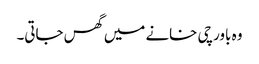
وہ باورچی خانے میں گھس جاتی۔